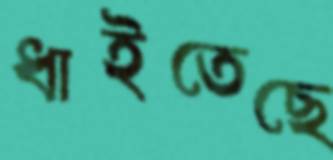
ধাইতেছে